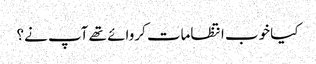
کیا خوب انتظامات کروائے تھے آپ نے؟